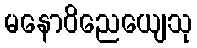
မနောဝိညေယျေသု